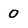
Character: 0